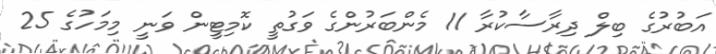
އަބުރުގެ ބިލް ދިރާސާކުރާ 11 މެންބަރުންގެ ވަގުތީ ކޮމިޓީން ވަނީ މިމަހުގެ 25